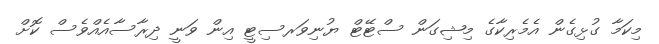
މިކަމާ ގުޅިގެން އެމެރިކާގެ މިޝިގަން ސްޓޭޓް ޔުނިވަރސިޓީ އިން ވަނީ ދިރާސާއެއްވެސް ކޮށް